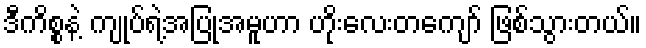
ဒီကိစ္စနဲ့ ကျုပ်ရဲ့အပြုအမူဟာ ဟိုးလေးတကျော် ဖြစ်သွားတယ်။